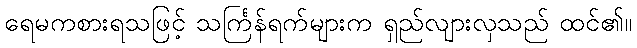
ရေမကစားရသဖြင့် သင်္ကြန်ရက်များက ရှည်လျားလှသည် ထင်၏။